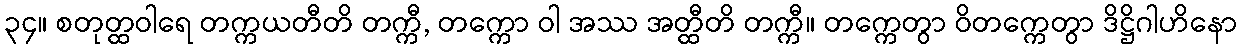
၃၄။ စတုတ္ထဝါရေ တက္ကယတီတိ တက္ကီ, တက္ကော ဝါ အဿ အတ္ထီတိ တက္ကီ။ တက္ကေတွာ ဝိတက္ကေတွာ ဒိဋ္ဌိဂါဟိနော